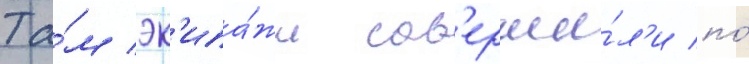
Та́м эк'ипа́жи сов'ерши́л'и по́